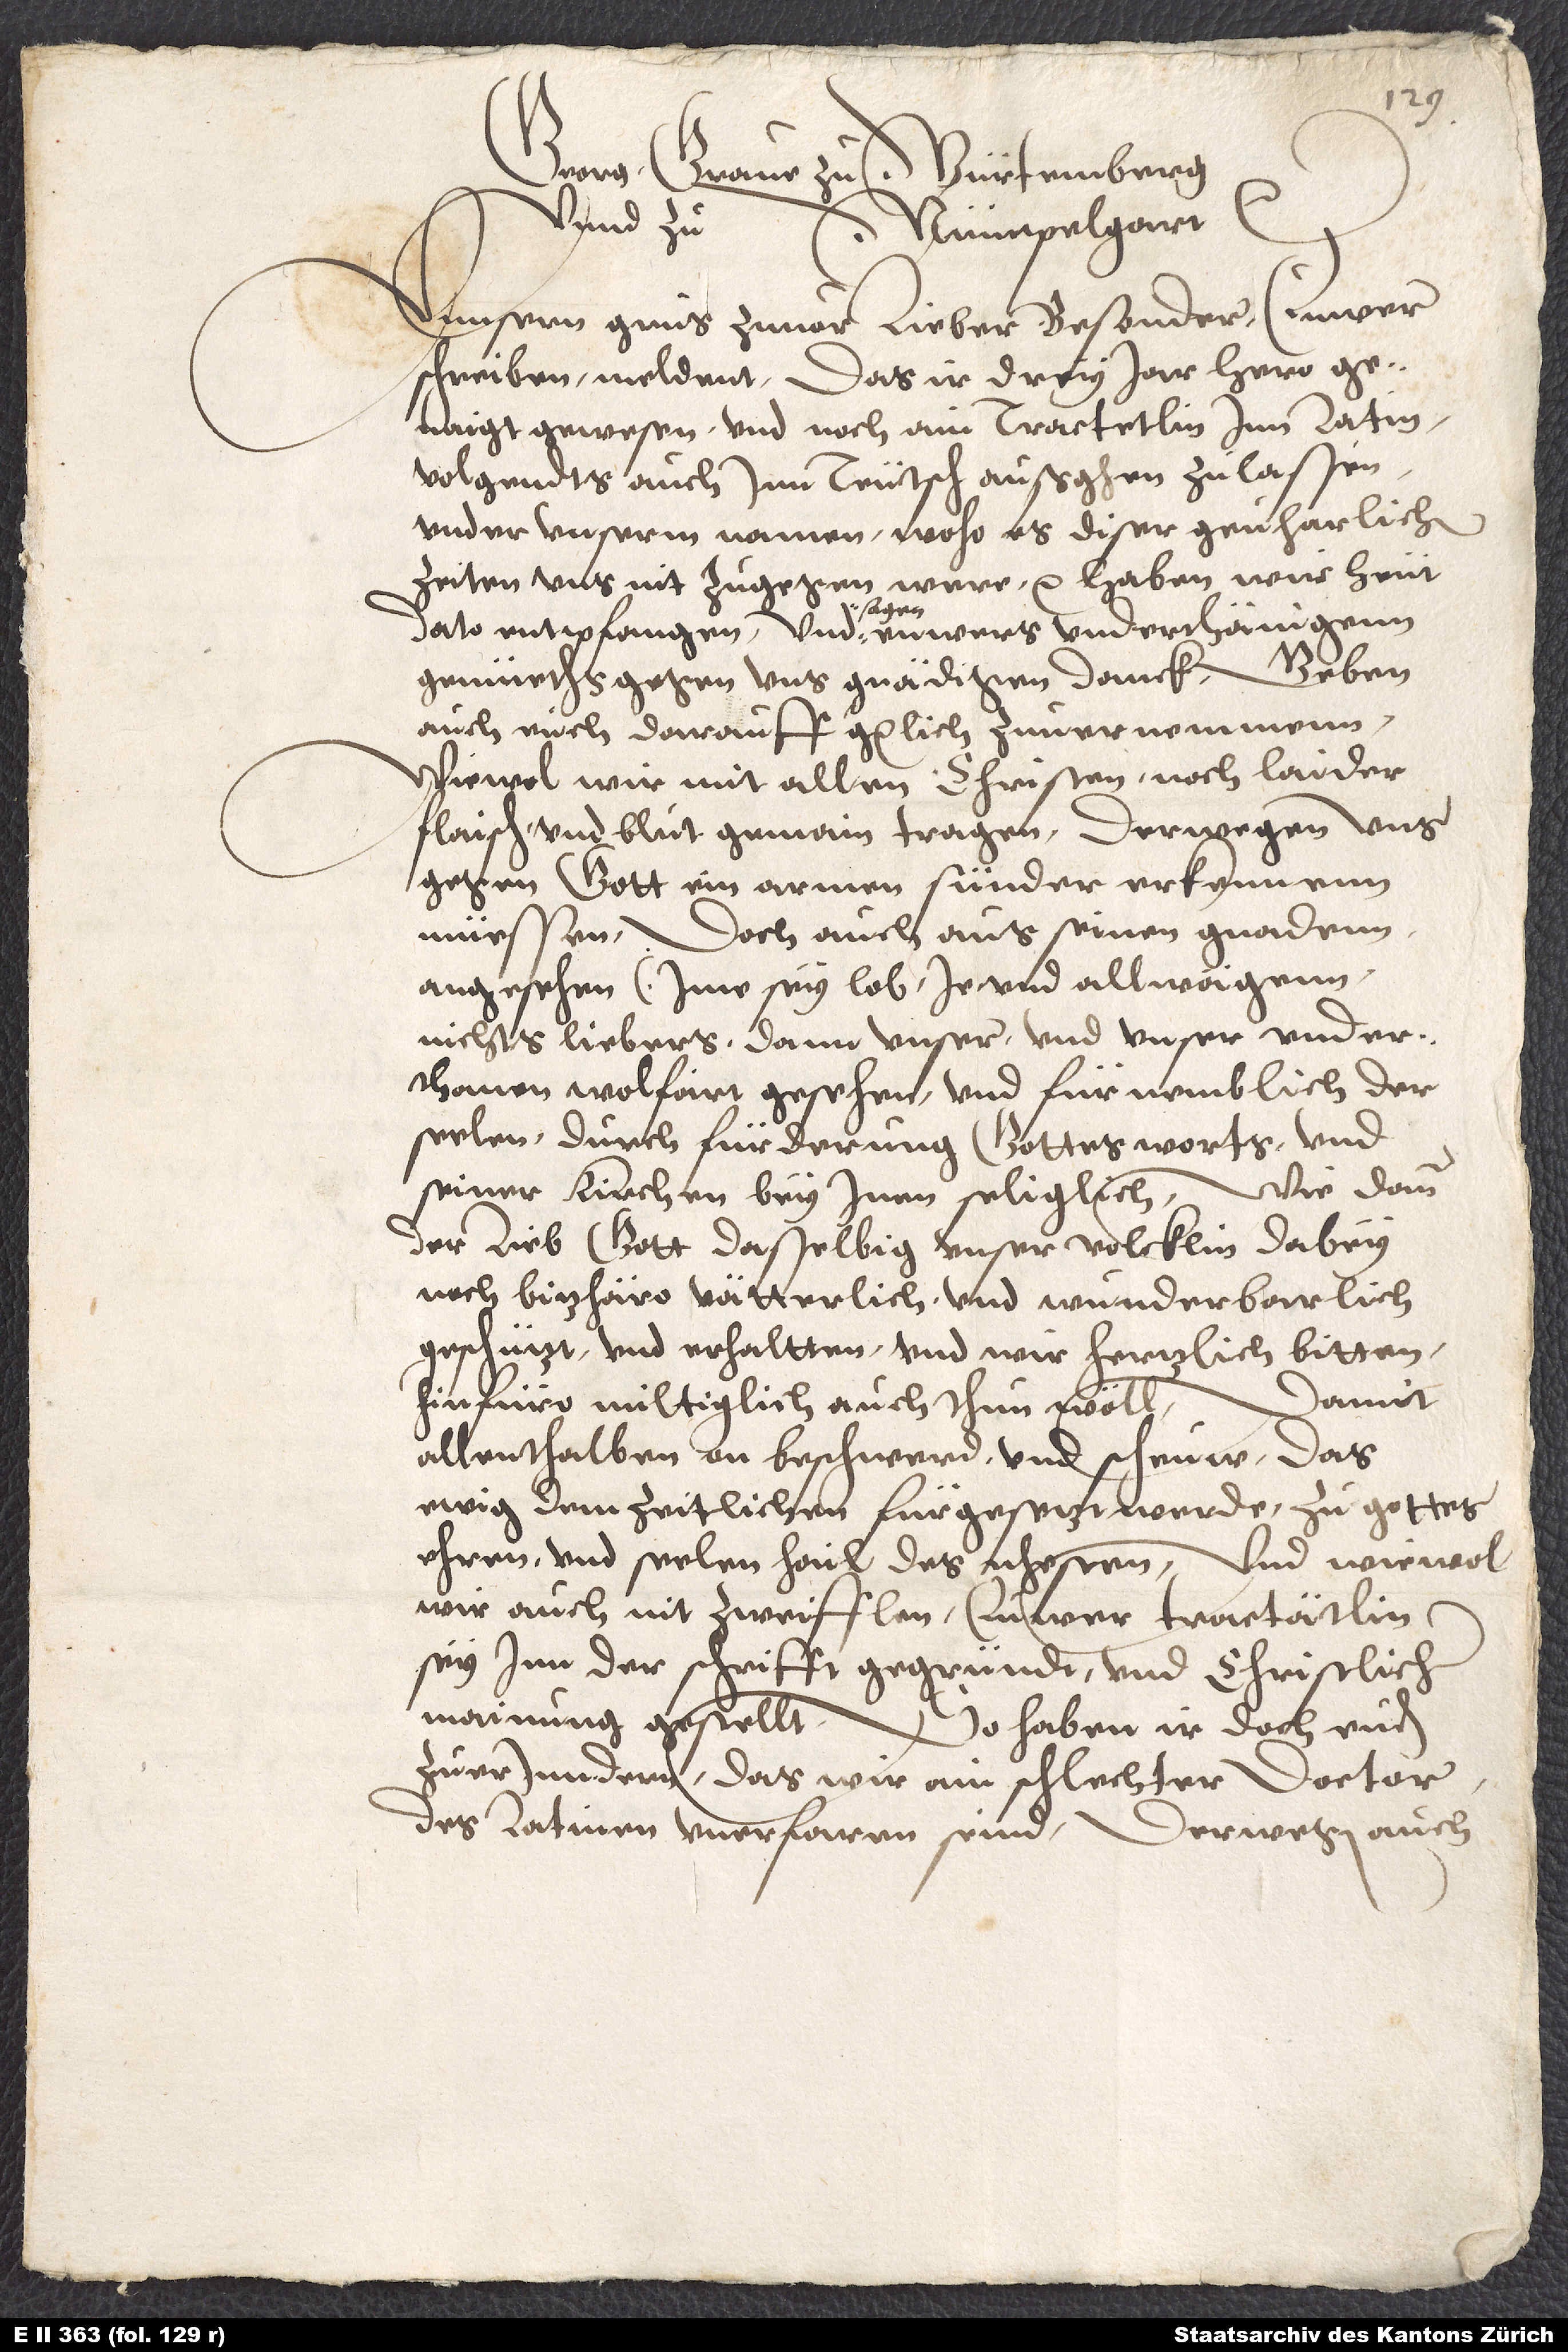
Georg, grave zu Würtemberg
unnd zu
Unnsern grus zuvor, lieber besonder. Euwer
schreiben, meldent, das ir drey jar hero
gewesen und noch ain tractetlin inn Latin
volgendts auch inn teutsch außgehen zu lassen
under unnserm namen, woho es diser gevharlichen
zeiten uns nit zugegen were etc. haben wir heut
gemüeths gegen uns gnädigen danck, geben
auch euch darauff gnädiglich zu vernemmen:
wiewol wir mit allen christen noch laider
flaisch und blut gemain tragen, derwegen uns
gegen gott ein armen sünder erkennenn
müessen, doch auch aus seinen gnadenn
angesehen (ime sey lob) je und allwägenn
nichts liebers dann unser und unser underthanen
wolfart gesehen und fürnemblich der
seelen durch fürderung gottes worts und
seiner kirchen bey inen seliglich, wie dann
der lieb gott dasselbig unser volcklin dabey
noch bitz häro vätterlich und wunderbarlich
geschützt und erhaltten und wir hertzlich bitten,
hinfüro miltiglich auch thun wöll,
allenthalben on beschwerd und scheuw das
ewig dem zeitlichen fürgesetzt werde zu gottes
ehren und seelenheil des nhesten. Und wiewol
wir auch nit zweifflen, euwer tractätlin
sey inn der schrifft gegründt und christlicher
mainung gestellt, so haben wir doch euch
zu erinndern, das wir ein schlechter doctor,
des Latinen unerfaren seind, derwegen auch